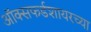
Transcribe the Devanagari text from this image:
ऑक्सफर्डशायरच्या